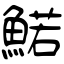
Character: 鰙